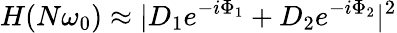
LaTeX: H(N\omega_{0})\approx|D_{1}e^{-i\Phi_{1}}+D_{2}e^{-i\Phi_{2}}|^{2}